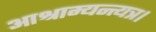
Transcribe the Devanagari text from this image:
आश्राम्यन्त्यत्र।